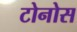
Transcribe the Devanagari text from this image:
टोनोस